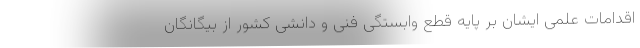
اقدامات علمی ایشان بر پایه قطع وابستگی فنی و دانشی کشور از بیگانگان